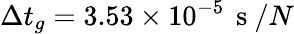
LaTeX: \Delta t_{g}=3.53\times 10^{-5}\, \mathrm{~s~}/N